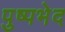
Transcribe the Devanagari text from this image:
पुष्पभेद